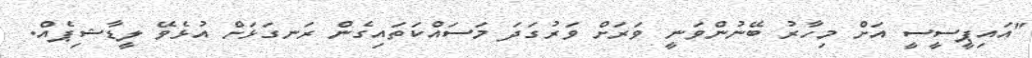
"އައިޕީސީސީ އަށް މިހާރު ބޭނުންވަނީ ވަރަށް ވަރުގަދަ މަސައްކަތައިގެން ރަނގަޅަށް އުޅެވޭ ލީޑާޝިޕެއް.